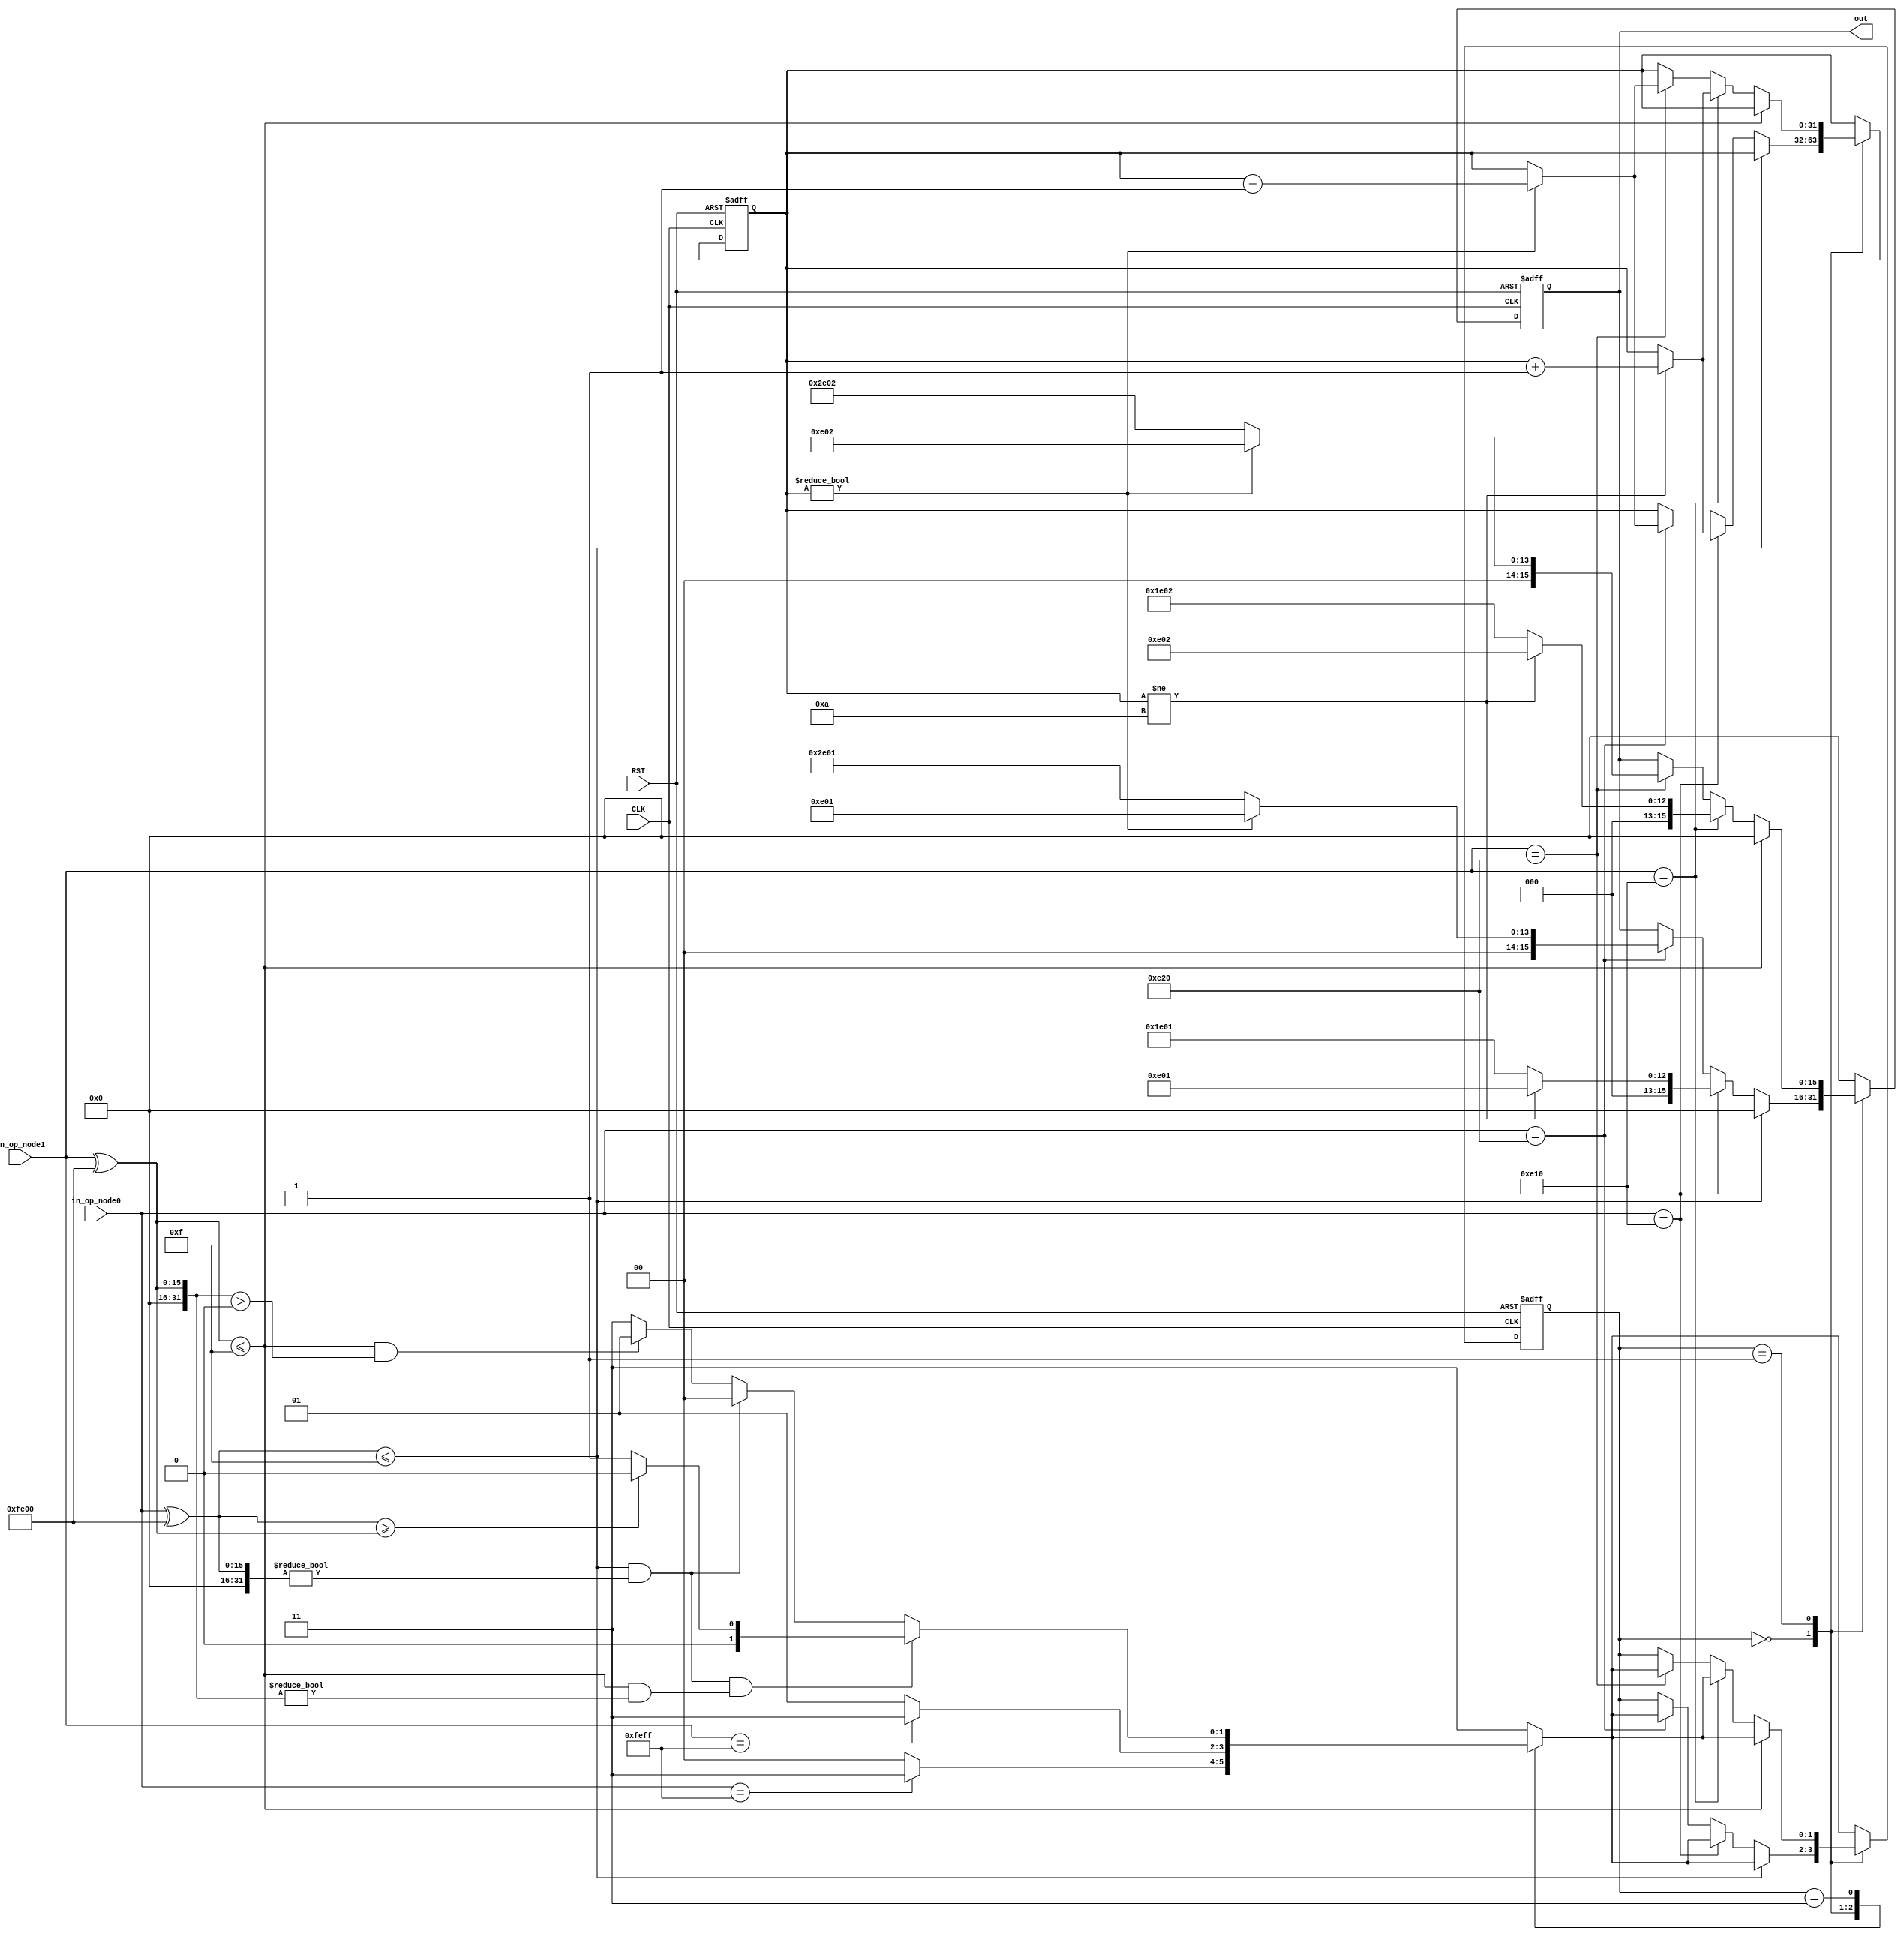
module semaphore_full(
		input  wire CLK,
		input RST,
		input [15:0] in_op_node0,
		input [15:0] in_op_node1,
		output wire [15:0] out
		);
		
		// Function Tag = 1101
		
		reg [1:0] lock = 3;
		reg [1:0] next_lock;

		localparam stop_sequence  = 16'b1111111011111111; // 1111 tag 1111 1111 : 65023
		localparam start_sequence = 16'b1111111000000000; // 1111 tag 0000 prty : 64772


		reg [15:0] out_node;
		reg [31:0] coins = 0;
		
		// --------------------------
		//  Request priority
		// --------------------------
		//  1111 : highest 
		//   ...
		//
		//  0000 : access not requested
		// --------------------------
		
		// --------------------------
		//  Lock
		// --------------------------
		//  00 : locked to mcu 0
		//  01 : locked to mcu 1
		//  10 : not defined
		//  11 : not locked
		// --------------------------
		
		always @(*) begin : Combinational 
			
			case (lock)
			
			2'b00 : begin
				if(in_op_node0 == stop_sequence) begin
					next_lock <= 3;
				end
				else begin
					next_lock <= 0;
				end
			end
			
			2'b01 : begin
				if(in_op_node1 == stop_sequence) begin
					next_lock <= 3;
				end
				else begin
					next_lock = 1;
				end
			end
			
			2'b11 : begin
				if((((in_op_node0 ^ start_sequence) <= 15) && ((in_op_node0 ^ start_sequence) != 0)) && (((in_op_node1 ^ start_sequence) <= 15) && ((in_op_node1 ^ start_sequence) != 0))) begin
					if((in_op_node0 ^ start_sequence) >= (in_op_node1 ^ start_sequence)) begin
						next_lock <= 0;
					end
					else begin
						next_lock <= 1;
					end
				end
				else if(((in_op_node0 ^ start_sequence) <= 15) && ((in_op_node0 ^ start_sequence) != 0)) begin
					next_lock <= 0;
				end
				else if(((in_op_node1 ^ start_sequence) <= 15) && ((in_op_node1 ^ start_sequence) > 0)) begin
					next_lock <= 1;
				end
				else begin
					next_lock <= 3;
				end
			end			
			
			default : begin 
				next_lock = 3;	
			end
			
			endcase
		end
		
		 always @(posedge CLK or posedge RST) begin
        if (RST) begin
            // Initialize all the registers to their initial values
            lock <= 2'b11;        // Set to "not locked"
            out_node <= 16'b0;    // Set output to zero during RST
            coins <= 0;           // RST the coin count
        end else begin
				case(lock) 
				
					2'b00 : begin 	 
						if((in_op_node0 ^ start_sequence) <= 15) begin
							out_node <= 0;
							lock <= next_lock;
						end
						else if(in_op_node0 == 16'b0000111000010000)  begin // Incoming post
							if(coins != 10) begin
								coins <= coins + 1;
								out_node <= 16'b0000111000000001;
							end
							else begin
								out_node <= 16'b0001111000000001; // Set full flag
							end
							lock <= next_lock;
						end
						else if(in_op_node0 == 16'b0000111000100000)  begin // Incoming wait
							if(coins != 32'b0) begin
								coins <= coins - 1;
								out_node <= 16'b0000111000000001;
							end
							else begin
								out_node <= 16'b0010111000000001; // Set empty flag
							end
							lock <= next_lock;
						end
					end
					
					2'b01 : begin 
						if((in_op_node1 ^ start_sequence) <= 15) begin
							out_node <= 0;
							lock <= next_lock;
						end
						else if(in_op_node1 == 16'b0000111000010000)  begin // incoming post
							if(coins != 10) begin
								coins <= coins + 1;
								out_node <= 16'b0000111000000010;
							end
							else begin
								out_node <= 16'b0001111000000010; // Set full flag
							end
							lock <= next_lock;
						end
						else if(in_op_node1 == 16'b0000111000100000)  begin // incoming post
							if(coins != 32'b0) begin
								coins <= coins - 1;
								out_node <= 16'b0000111000000010;
							end
							else begin
								out_node <= 16'b0010111000000010; // Set empty flag
							end
							lock <= next_lock;
						end
					end	
					2'b11 : begin 
						out_node <= 0;
						lock <= next_lock;
					end
					
					default : begin
						out_node <= 0;
						lock <= next_lock;
					end
				
				endcase
			end
		end
		
		assign out = out_node;
	
endmodule